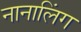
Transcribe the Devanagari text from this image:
नानालिंग